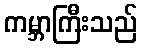
ကမ္ဘာကြီးသည်